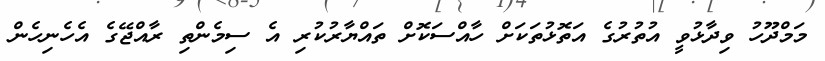
މަމްދޫހު ވިދާޅުވީ އުތުރުގެ އަތޮޅުތަކަށް ހާއްސަކޮށް ތައްޔާރުކުރި އެ ސިމެންތި ރާއްޖޭގެ އެހެނިހެން